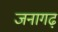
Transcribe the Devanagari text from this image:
जनागढ़